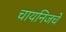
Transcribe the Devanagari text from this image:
चायनिजचे